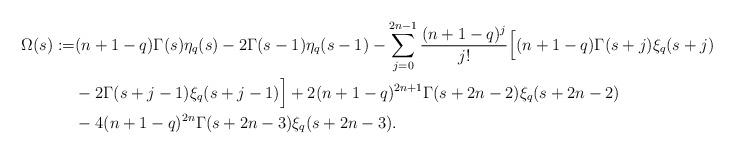
LaTeX: \begin{align*}\Omega(s):=&(n+1-q)\Gamma(s)\eta_q(s)-2 \Gamma(s-1)\eta_q(s-1)-\sum_{j=0}^{2n-1} \frac{(n+1-q)^j}{j!}\Bigl[(n+1-q)\Gamma(s+j)\xi_q(s+j)\\&-2\Gamma(s+j-1)\xi_q(s+j-1) \Bigr]+2(n+1-q)^{2n+1}\Gamma(s+2n-2)\xi_q(s+2n-2)\\&-4(n+1-q)^{2n}\Gamma(s+2n-3)\xi_q(s+2n-3).\end{align*}